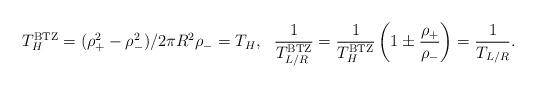
LaTeX: \begin{align*}T_H^{\rm BTZ} = (\rho_+^2- \rho_-^2)/2 \pi R^2 \rho_- = T_H, ~~{1 \over T_{L/R}^{\rm BTZ}} = {1 \over T_H^{\rm BTZ}} \left ( 1 \pm { \rho_+ \over \rho_-} \right ) = {1 \over T_{L/R}}.\end{align*}